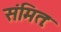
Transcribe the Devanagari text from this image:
संमितः